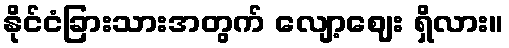
နိုင်ငံခြားသားအတွက် လျော့ဈေး ရှိလား။